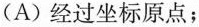
(A)经过坐标原点；